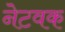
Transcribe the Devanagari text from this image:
नेटवक